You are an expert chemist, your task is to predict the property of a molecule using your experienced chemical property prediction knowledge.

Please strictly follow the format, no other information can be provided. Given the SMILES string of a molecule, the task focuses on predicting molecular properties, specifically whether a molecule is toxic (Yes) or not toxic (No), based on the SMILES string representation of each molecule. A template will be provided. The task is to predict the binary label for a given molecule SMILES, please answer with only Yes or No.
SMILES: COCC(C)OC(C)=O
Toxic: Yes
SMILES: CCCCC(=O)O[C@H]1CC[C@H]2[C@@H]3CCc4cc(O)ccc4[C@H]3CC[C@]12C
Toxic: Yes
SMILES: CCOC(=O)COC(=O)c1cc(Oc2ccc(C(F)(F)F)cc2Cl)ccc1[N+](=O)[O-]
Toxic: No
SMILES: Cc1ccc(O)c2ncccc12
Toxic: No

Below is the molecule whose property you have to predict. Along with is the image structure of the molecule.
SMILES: CC(=O)OCC=Cc1ccccc1
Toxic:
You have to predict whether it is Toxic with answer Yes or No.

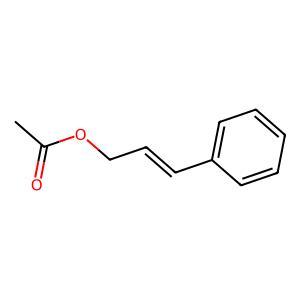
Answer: No